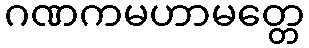
ဂဏကမဟာမတ္တေ